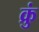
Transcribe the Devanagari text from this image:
क्रुं